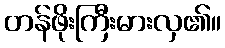
တန်ဖိုးကြီးမားလှ၏။